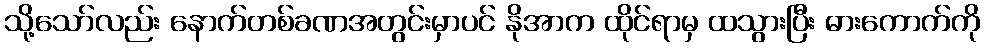
သို့သော်လည်း နောက်တစ်ခဏအတွင်းမှာပင် နိုအာက ထိုင်ရာမှ ထသွားပြီး ဓားကောက်ကို